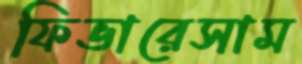
ফিভারেসাম